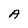
Character: A